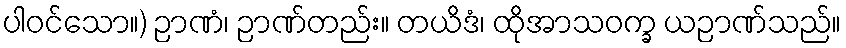
ပါဝင်သော။) ဉာဏံ၊ ဉာဏ်တည်း။ တယိဒံ၊ ထိုအာသဝက္ခ ယဉာဏ်သည်။